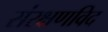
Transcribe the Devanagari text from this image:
संरक्षणविद